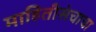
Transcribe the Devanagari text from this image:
माहितीसंचाचा